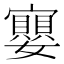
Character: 𭒲